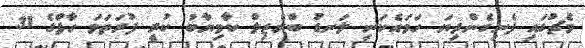
މެޗުގައި ފެނިގެންދިޔަ ހަމައެކަނި ލަނޑު ބްރެޒިލް ކާމިޔާބު ކުރީ ފުރަތަމަ ހާފްގެ 31